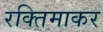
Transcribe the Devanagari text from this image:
रक्तिमाकर